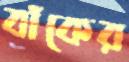
বাঁকের